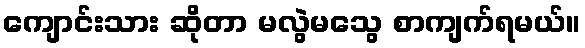
ကျောင်းသား ဆိုတာ မလွဲမသွေ စာကျက်ရမယ်။